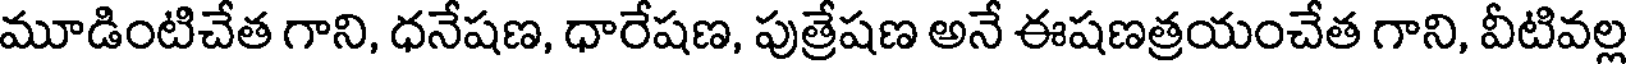
మూడింటిచేత గాని, ధనేషణ, ధారేషణ, పుత్రేషణ అనే ఈషణత్రయంచేత గాని, వీటివల్ల